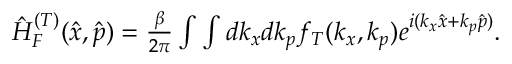
\begin{array} { r } { \hat { H } _ { F } ^ { ( T ) } ( \hat { x } , \hat { p } ) = \frac { \beta } { 2 \pi } \int \int d k _ { x } d k _ { p } f _ { T } ( k _ { x } , k _ { p } ) e ^ { i ( k _ { x } \hat { x } + k _ { p } \hat { p } ) } . } \end{array}